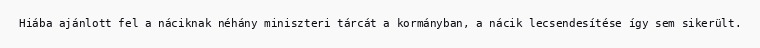
Hiába ajánlott fel a náciknak néhány miniszteri tárcát a kormányban, a nácik lecsendesítése így sem sikerült.